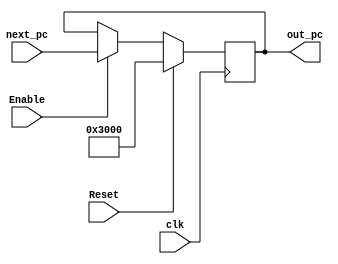
`timescale 1ns / 1ps
//////////////////////////////////////////////////////////////////////////////////
// Company: 
// Engineer: 
// 
// Design Name: 
// Module Name:    pc 
// Project Name: 
// Target Devices: 
// Tool versions: 
// Description: 
//
// Dependencies: 
//
// Revision: 
// Revision 0.01 - File Created
// Additional Comments: 
//
//////////////////////////////////////////////////////////////////////////////////
module pc(
    input clk,
    input Reset,
	 input Enable, 
    input [31:0] next_pc,
    output [31:0] out_pc
    );
	reg [31:0] out = 32'h00003000;
	always @(posedge clk) begin
		if (Reset) begin
			out <= 32'h00003000;
		end
		else begin 
			if (Enable) begin
				out <= next_pc;
			end
		end
	end
	assign out_pc = out;
	

endmodule